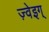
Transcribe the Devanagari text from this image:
ज़्वेइग्